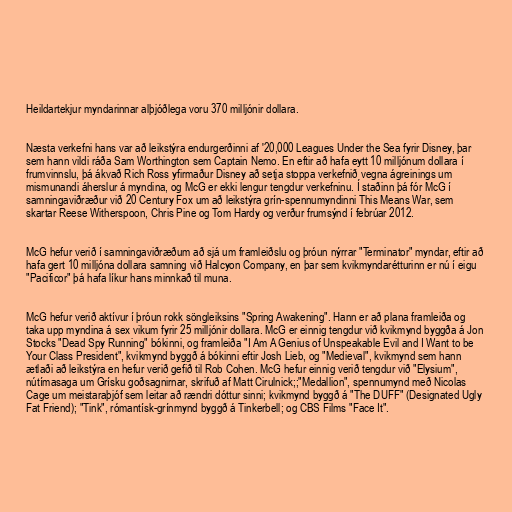
Heildartekjur myndarinnar alþjóðlega voru 370 milljónir dollara.

Næsta verkefni hans var að leikstýra endurgerðinni af '20,000 Leagues Under the Sea fyrir Disney, þar
sem hann vildi ráða Sam Worthington sem Captain Nemo. En eftir að hafa eytt 10 milljónum dollara í
frumvinnslu, þá ákvað Rich Ross yfirmaður Disney að setja stoppa verkefnið vegna ágreinings um
mismunandi áherslur á myndina, og McG er ekki lengur tengdur verkefninu. Í staðinn þá fór McG í
samningaviðræður við 20 Century Fox um að leikstýra grín-spennumyndinni This Means War, sem
skartar Reese Witherspoon, Chris Pine og Tom Hardy og verður frumsýnd í febrúar 2012.

McG hefur verið í samningaviðræðum að sjá um framleiðslu og þróun nýrrar "Terminator" myndar, eftir að
hafa gert 10 milljóna dollara samning við Halcyon Company, en þar sem kvikmyndarétturinn er nú í eigu
"Pacificor" þá hafa líkur hans minnkað til muna.

McG hefur verið aktívur í þróun rokk söngleiksins "Spring Awakening". Hann er að plana framleiða og
taka upp myndina á sex vikum fyrir 25 milljónir dollara. McG er einnig tengdur við kvikmynd byggða á Jon
Stocks "Dead Spy Running" bókinni, og framleiða "I Am A Genius of Unspeakable Evil and I Want to be
Your Class President", kvikmynd byggð á bókinni eftir Josh Lieb, og "Medieval", kvikmynd sem hann
ætlaði að leikstýra en hefur verið gefið til Rob Cohen. McG hefur einnig verið tengdur við "Elysium",
nútímasaga um Grísku goðsagnirnar, skrifuð af Matt Cirulnick;;"Medallion", spennumynd með Nicolas
Cage um meistaraþjóf sem leitar að rændri dóttur sinni; kvikmynd byggð á "The DUFF" (Designated Ugly
Fat Friend); "Tink", rómantísk-grínmynd byggð á Tinkerbell; og CBS Films "Face It".